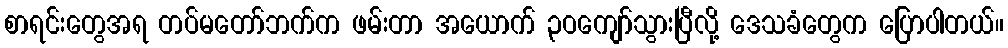
စာရင်းတွေအရ တပ်မတော်ဘက်က ဖမ်းတာ အယောက် ၃ဝကျော်သွားပြီလို့ ဒေသခံတွေက ပြောပါတယ်။